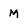
Character: M